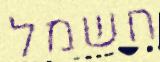
חשמל